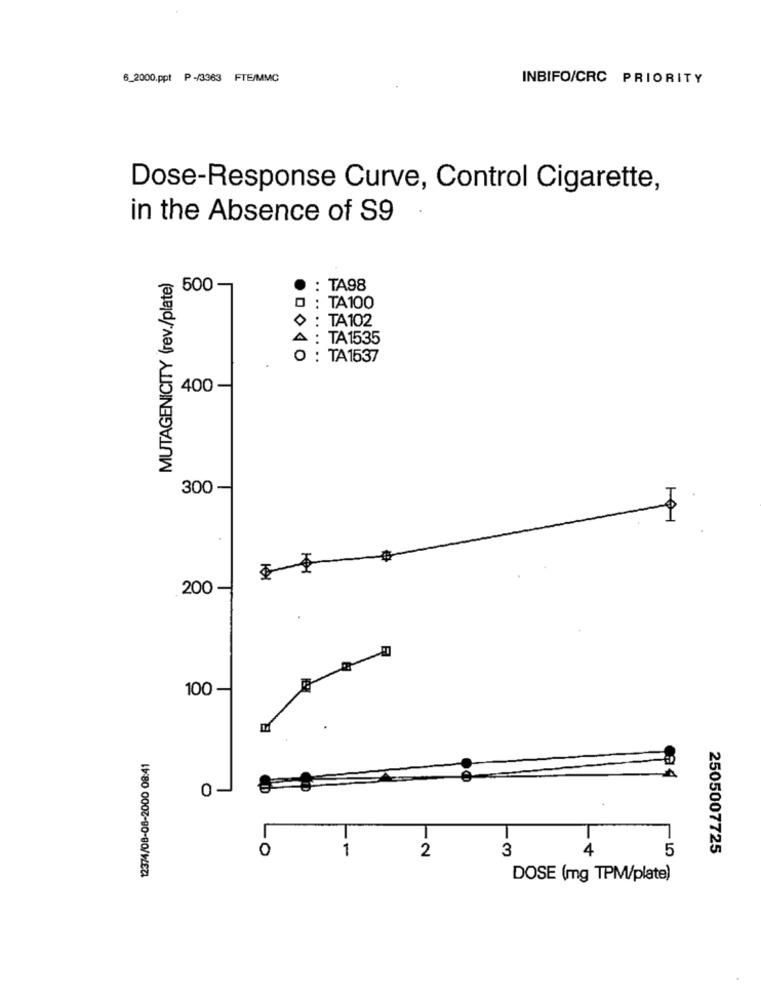
6_2000.ppt P-/3363 FTE/MMC
INBIFO/CRC PRIORITY
Dose-Response Curve, Control Cigarette,
in the Absence of S9
MUTAGENICITY (rev./plate)
500
: TA98
0 : TA100
> : TA102
A : TA1535
.
O : TA1537
400-
300 -
101
200 -
100
12374/08-08-2000 08:41
0 -
0
1
2
13
4
5
2505007725
DOSE (mg TPM/plate)